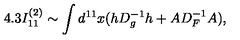
4 . 3 I _ { 1 1 } ^ { ( 2 ) } \sim \int d ^ { 1 1 } x ( h D _ { g } ^ { - 1 } h + A D _ { F } ^ { - 1 } A ) ,